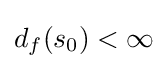
d_{f}(s_{0})<\infty